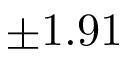
\pm 1 . 9 1